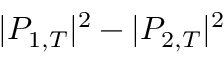
| P _ { 1 , T } | ^ { 2 } - | P _ { 2 , T } | ^ { 2 }